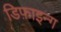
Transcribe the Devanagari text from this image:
डिफ़ाइन्ग